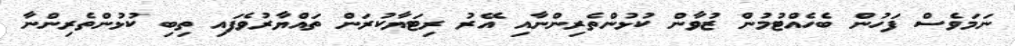
ނަމަވެސް ފަހުން ބެހެއްޓުމުން ޒުވާން ކުޅުންތެރިންނާއި އޭރު ރިޓަޔާކުރަން ތައްޔާރުވެފައި ތިބި ކުޅުންތެރިންނާ